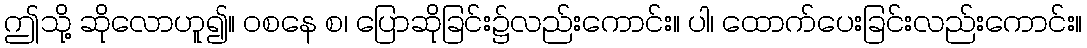
ဤသို့ ဆိုလောဟူ၍။ ဝစနေ စ၊ ပြောဆိုခြင်း၌လည်းကောင်း။ ပါ၊ ထောက်ပေးခြင်းလည်းကောင်း။